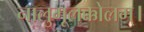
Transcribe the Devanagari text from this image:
नालुमूलक्कोलम्।